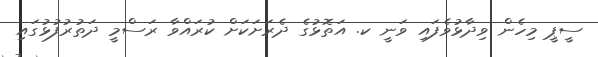
ސީޕީ މިހެން ވިދާޅުވެފައި ވަނީ ކ. އަތޮޅުގެ ދެރަށަކަށް ކުރައްވާ ރަސްމީ ދަތުރުފުޅުގައި